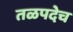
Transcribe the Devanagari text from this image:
तळपदेच